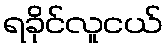
ရခိုင်လူငယ်